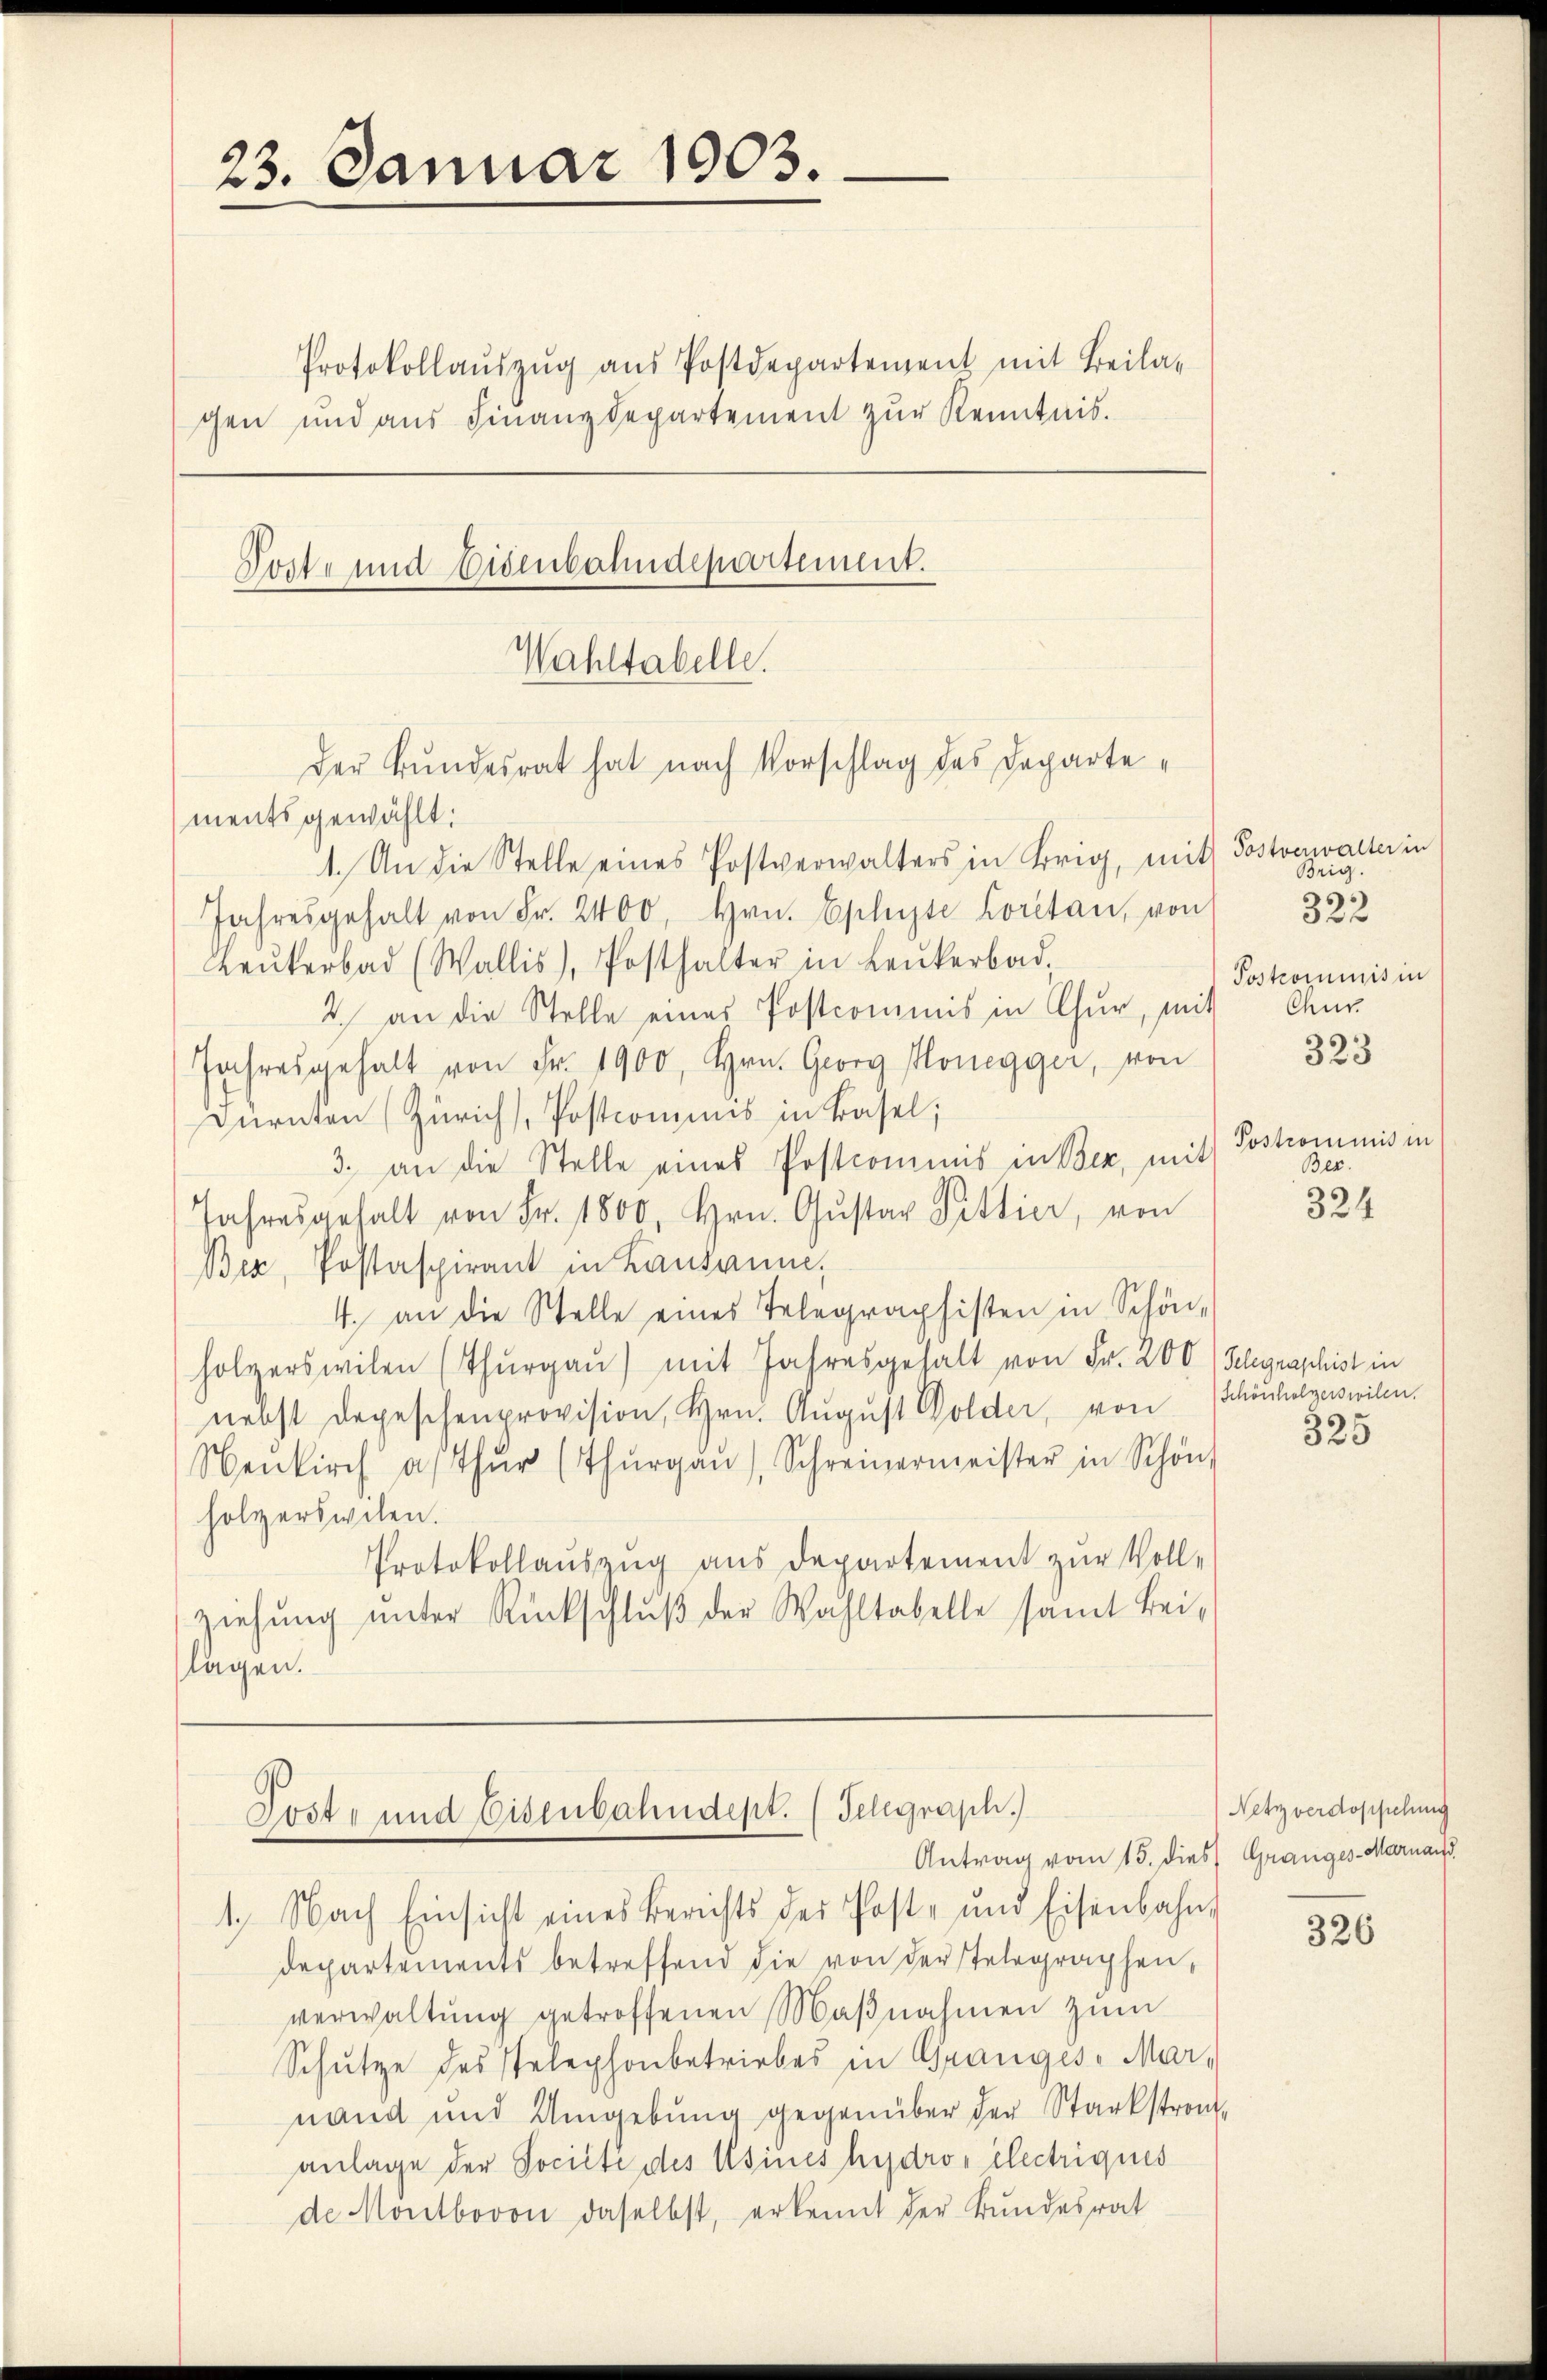
23. Januar 1903.

Protokollaŭszŭg aŭs Postdepartement mit Beila-
gen und aŭs Finanzdepartement zŭr Kenntnis.

Poste und Eisenbahndepartement.
Wahltabelle.
der Bundesrat hat nach Vorschlag des Departe¬

ments gewählt:
1. An die Stelle eines Postverwalters in Brig, mit Postverwalter in
Jahresgehalt von Fr. 2400. Hrn. Eplüste Loretan, von
Beŭkerbad (Wallis), Posthalter in Leŭkerbad.
2. an die Stelle eines Postcommis in Chur, mit
Jahresgehalt von Fr. 1900, Hrn. Georg Honegger, von
Dürnten (Zürich, Postcommis in Basel;
3. an die Stelle eines Postcommis in Bez, mit
Jahresgehalt von Fr. 1800, Hrn. Gŭstav Pittier, von
Ber, Postaspirant in Lausanne,
4. an die Stelle eines Telegraphisten in Schön,
holzerswilen (Thŭrgaŭ) mit Jahresgehalt von Fr. 200 (Schgraphist in
nebst Depeschenprovision, Hrn. August Dolder, von Schönholzerswilen.
Nenkirch af thŭr (Thŭrgaŭ, Schreinermeister in Schön
holzerswilen.
Protokollauszug aus Departement zur Voll-
ziehung unter Rückschluß der Wahltabelle samt Beilagen.

Tost- und Eisenbahndept. (Telegraph.)
Antrag vom 15. dies Granges-Marnau,

Brig.
322
Postcommis in
Chur
323
Postrommnis in
Ber.
324

1. Nach Einsicht eines Berichts des Post- und Eisenbahn,
departements betreffend die von der Telegraphen,
verwaltung getroffenen Maβnahmen zum
Schütze des Telephonbetriebes in Granges Marnand und Umgebŭng gegenüber der Starkstront
anlage der Société des Usines hydros electriques
de Montbovon daselbst, erkennt der Bundesrat

325

Netz verdoppelung

326